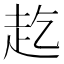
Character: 䞘